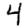
Digit: 4